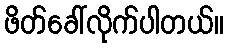
ဖိတ်ခေါ်လိုက်ပါတယ်။